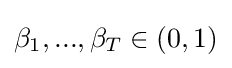
\beta _{1},...,\beta _{T}\in (0,1)